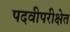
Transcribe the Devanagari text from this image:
पदवीपरीक्षेत